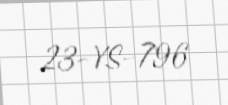
23-YS-796